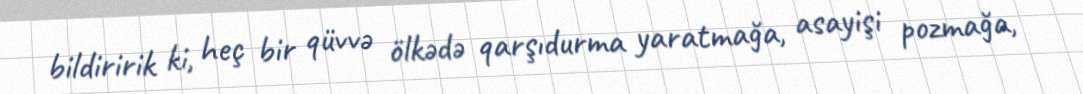
bildiririk ki, heç bir qüvvə ölkədə qarşıdurma yaratmağa, asayişi pozmağa,